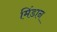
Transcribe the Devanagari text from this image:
मिंडान